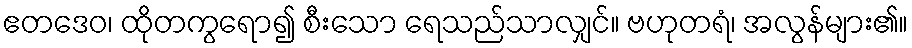
ဧတဒေဝ၊ ထိုတကွရော၍ စီးသော ရေသည်သာလျှင်။ ဗဟုတရံ၊ အလွန်များ၏။